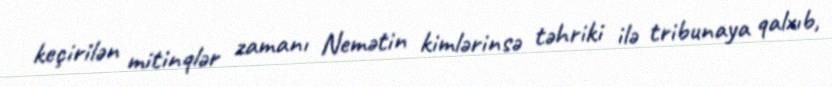
keçirilən mitinqlər zamanı Nemətin kimlərinsə təhriki ilə tribunaya qalxıb,